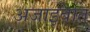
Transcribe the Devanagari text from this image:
अजाइबात